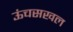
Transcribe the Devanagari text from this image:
ऊंचसखल